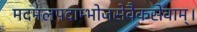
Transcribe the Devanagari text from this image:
मदमलपदाम्भोजसेवैकसेवाम्।